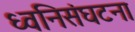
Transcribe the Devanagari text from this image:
ध्वनिसंघटना